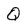
Character: Q